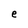
Character: e